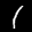
Label: 1